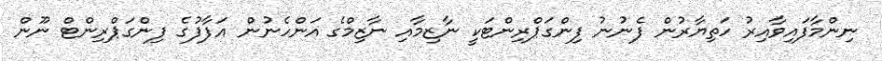
ނިންމާފައިވާއިރު ހަތިޔާރުން ފެނުނު ފިންގަޕްރިންޓަކީ ނާޒިމާއި ނާޒިމްގެ އަންހެނުން އަފާފުގެ ފިންގަޕްރިންޓް ނޫން